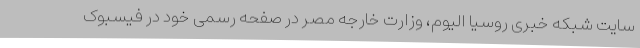
سایت شبکه خبری روسیا الیوم، وزارت خارجه مصر در صفحه رسمی خود در فیسبوک